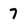
Character: 7